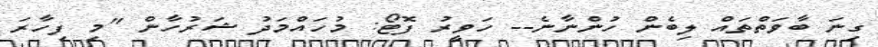
ގިނަ ބާވަތްތައް ލިބެން ހުންނާނެ-- ހަވީރު ފޮޓޯ: މުހައްމަދު ޝަރުހާން "މި ފިހާރަ